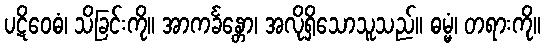
ပဋိဝေဓံ၊ သိခြင်းကို။ အာကင်္ခန္တော၊ အလိုရှိသောသူသည်။ ဓမ္မံ၊ တရားကို။